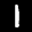
Label: 1